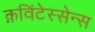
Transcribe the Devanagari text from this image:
क़विंटेस्सेन्स